Report on sanitation, dispensaries, and jails in Rajputana for 1910, and on vaccination for the year 1910-1911 - 1910-1911
Year: 1910
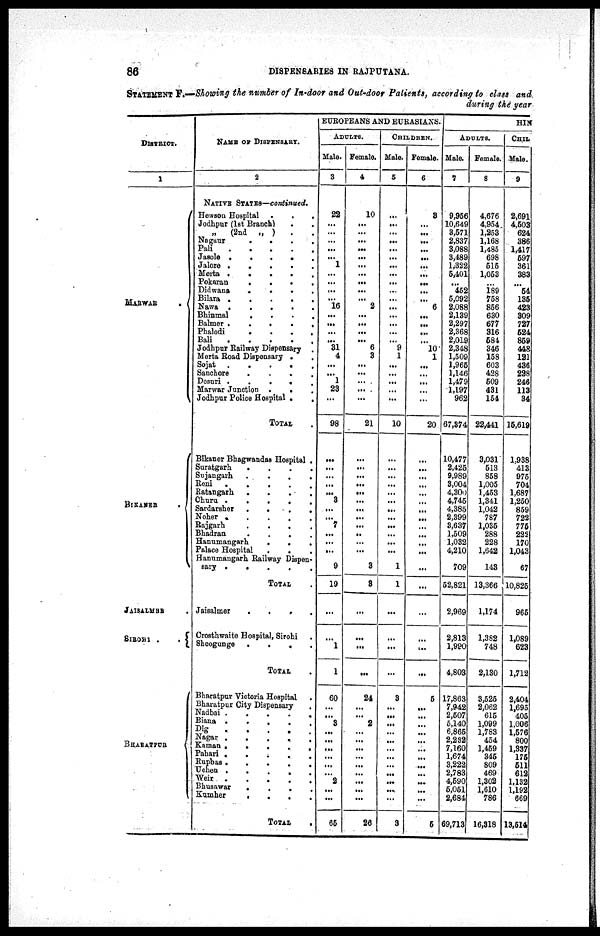
86
DISPENSARIES IN RAJPUTANA.
STATEMENT F.—Showing the number of In-door and Out-door Patients, according to class and
during the year
DISTRICT.
1
MARWAR
.
BIKANER .
JAISALMER .
SIROHI .
.
BHARATPUR
NAME OF DISPENSARY.
2
NATIVE STATES—continued.
Hewson Hospital
.
.
.
Jodhpur (1st Branch) . .
„
(2nd „ ) . .
Nagaur
.
.
.
.
Pali
.
.
.
.
.
Jasole .
.
.
. .
Jalore .
.
.
. .
Merta .
.
.
. .
Pokaran
.
.
.
.
Didwana
.
.
.
.
Bilara .
.
.
.
.
Nawa .
.
.
.
.
Bhinmal
.
.
.
.
Balmer .
.
.
.
.
Phalodi
.
.
.
.
Bali
.
.
.
.
.
Jodhpur Railway Dispensary .
Merta Road Dispensary . .
Sojat
.
.
.
.
.
Sanchore
.
.
.
.
Desuri .
.
.
.
.
Marwar Junction .
.
.
Jodhpur Police Hospital .
.
TOTAL .
Bikaner Bhagwandas Hospital .
Suratgarh
.
.
.
.
Sujangarh
.
.
.
.
Reni
.
.
.
.
.
Ratangarh
.
.
.
.
Churu .
.
.
.
.
Sardarsher
.
.
.
.
Noher .
.
.
.
.
Rajgarh
.
.
.
.
Bhadran
.
.
.
.
Hanumangarh
.
.
.
Palace Hospital
.
.
.
Hanumangarh Railway Dispen-
sary .
.
.
.
.
TOTAL .
Jaisalmer
.
.
.
.
Crosthwaite Hospital, Sirohi .
Sheogunge
.
.
.
.
TOTAL .
Bharatpur Victoria Hospital .
Bharatpur City Dispensary .
Nadbai
.
.
.
.
.
Biana .
.
.
.
.
Dig
.
.
.
.
.
Nagar .
.
.
.
.
Kaman .
.
.
.
.
Pahari .
.
.
.
.
Rupbas
.
.
.
.
.
Ucnen . . . . .
Weir
.
.
.
.
.
Bhusawar
.
.
.
.
Kumher
.
.
.
.
TOTAL
.
EUROPEANS AND EURASIANS.
ADULTS.
Male.
3
22
...
...
...
...
...
1
...
...
...
...
16
...
...
...
...
31
4
...
...
1
23
...
98
...
...
...
...
...
3
...
...
7
...
...
...
9
19
...
...
1
1
60
...
...
3
...
...
...
...
...
...
2
...
...
65
Female.
4
10
...
...
...
...
...
...
...
...
...
...
2
...
...
...
...
6
3
...
...
...
...
...
21
...
...
...
...
...
...
...
...
...
...
...
...
3
3
...
...
...
...
24
...
...
2
...
...
...
...
...
...
...
...
...
26
CHILDREN.
Male.
5
...
...
...
...
...
...
...
...
...
...
...
...
...
...
...
...
9
1
...
...
...
...
...
10
...
...
...
...
...
...
...
...
...
...
...
...
1
1
...
...
...
...
3
...
...
...
...
...
...
...
...
...
...
...
...
3
Female.
6
3
...
...
...
...
...
...
...
...
...
...
6
...
...
...
...
10
1
...
...
...
...
...
20
...
...
...
...
...
...
...
...
...
...
...
...
...
...
...
...
...
...
5
...
...
...
...
...
...
...
...
...
...
...
...
5
HIN
ADULTS.
Male.
7
9,956
10,649
3,571
2,837
3,088
3,489
1,322
5,401
...
452
5,092
2,088
2,139
2,297
2,368
2,019
2,348
1,509
1,965
1,146
1,479
1,197
962
67,374
10,477
2,425
9,989
3,004
4,300
4,745
4,385
2,399
3,637
1,509
1,032
4,210
709
52,821
2,969
2,813
1,990
4,803
17,863
7,942
2,507
5,140
6,865
2,232
7,160
1,674
3,222
2,783
4,590
5,051
2,684
69,713
Female.
8
4,676
4,954
1,253
1,168
1,485
698
515
1,053
...
189
758
856
630
677
316
584
346
158
603
428
509
431
154
22,441
3,031
513
858
1,005
1,453
1,341
1,042
787
1,035
288
228
1,642
143
13,366
1,174
1,382
748
2,130
3,525
2,062
615
1,099
1,783
454
1,459
345
809
469
1,302
1,610
786
16,318
CHIL
Male.
9
2,691
4,503
624
386
1,417
597
361
383
...
54
135
423
309
727
524
859
448
121
436
228
246
113
34
15,619
1,938
413
975
704
1,687
1,250
859
722
775
222
170
1,043
67
10,825
965
1,089
623
1,712
2,404
1,695
405
1,006
1,576
800
1,337
175
511
612
1,132
1,192
669
13,514